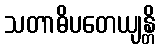
သတာဓိပတေယျန္တိ